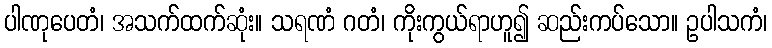
ပါဏုပေတံ၊ အသက်ထက်ဆုံး။ သရဏံ ဂတံ၊ ကိုးကွယ်ရာဟူ၍ ဆည်းကပ်သော။ ဥပါသကံ၊